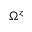
\Omega ^ { z }